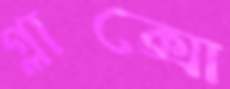
গ্লাক্সো